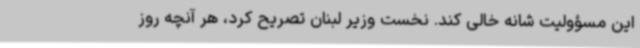
این مسؤولیت شانه خالی کند. نخست وزیر لبنان تصریح کرد، هر آنچه روز